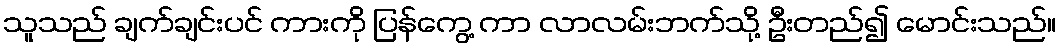
သူသည် ချက်ချင်းပင် ကားကို ပြန်ကွေ့ ကာ လာလမ်းဘက်သို့ ဦးတည်၍ မောင်းသည်။